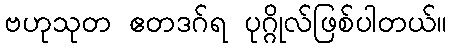
ဗဟုသုတ ဧတဒဂ်ရ ပုဂ္ဂိုလ်ဖြစ်ပါတယ်။